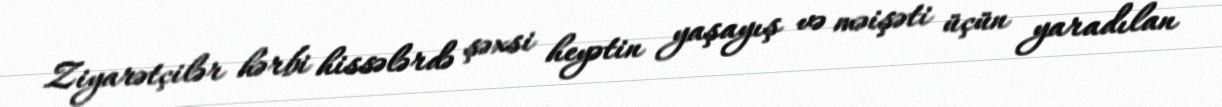
Ziyarətçilər hərbi hissələrdə şəxsi heyətin yaşayış və məişəti üçün yaradılan